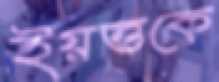
ইয়ত্তকে